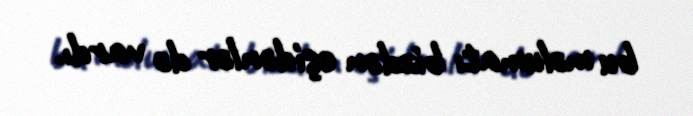
bu məlumatı bizdən eşidənlər də vardı.